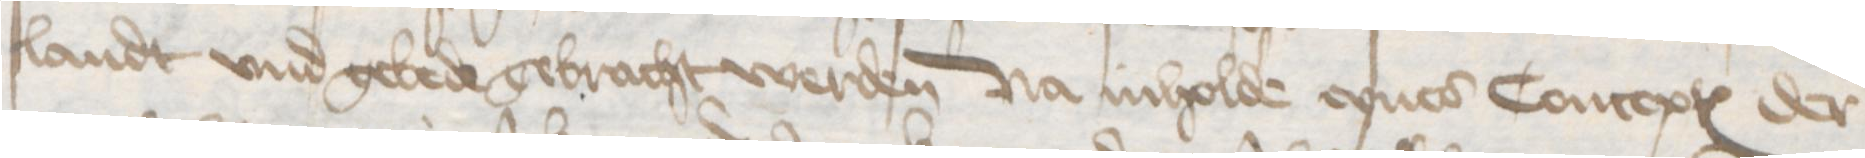
landt vnd gebede gebracht werden Na inholde eynes Conceptes der